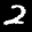
Label: 2